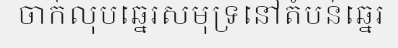
ចាក់លុបឆ្នេរសមុទ្រនៅតំបន់ឆ្នេរ